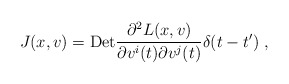
\begin{align*}J(x,v)={\rm Det}\frac{\partial^{2}L(x,v)}{\partial v^{i}(t)\partial v^{j}(t)}\delta(t-t') \; ,\end{align*}